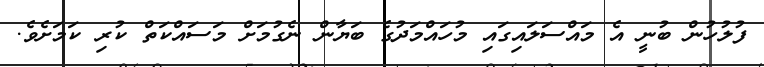
ފުލުހުން ބުނީ އެ މައްސަލައިގައި މުހައްމަދުގެ ބަޔާން ނެގުމަށް މަސައްކަތް ކުރި ކަމަށެވެ.